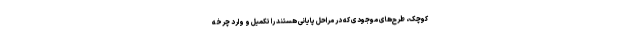
کوچک، طرح‌های موجودی که در مراحل پایانی هستند را تکمیل و وارد چرخه